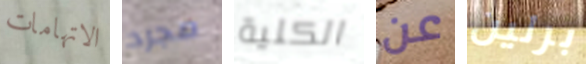
الاتهامات مجرد الكلية عن برلين